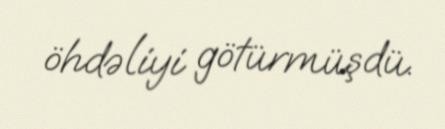
öhdəliyi götürmüşdü.